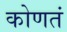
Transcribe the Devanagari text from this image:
कोणतं